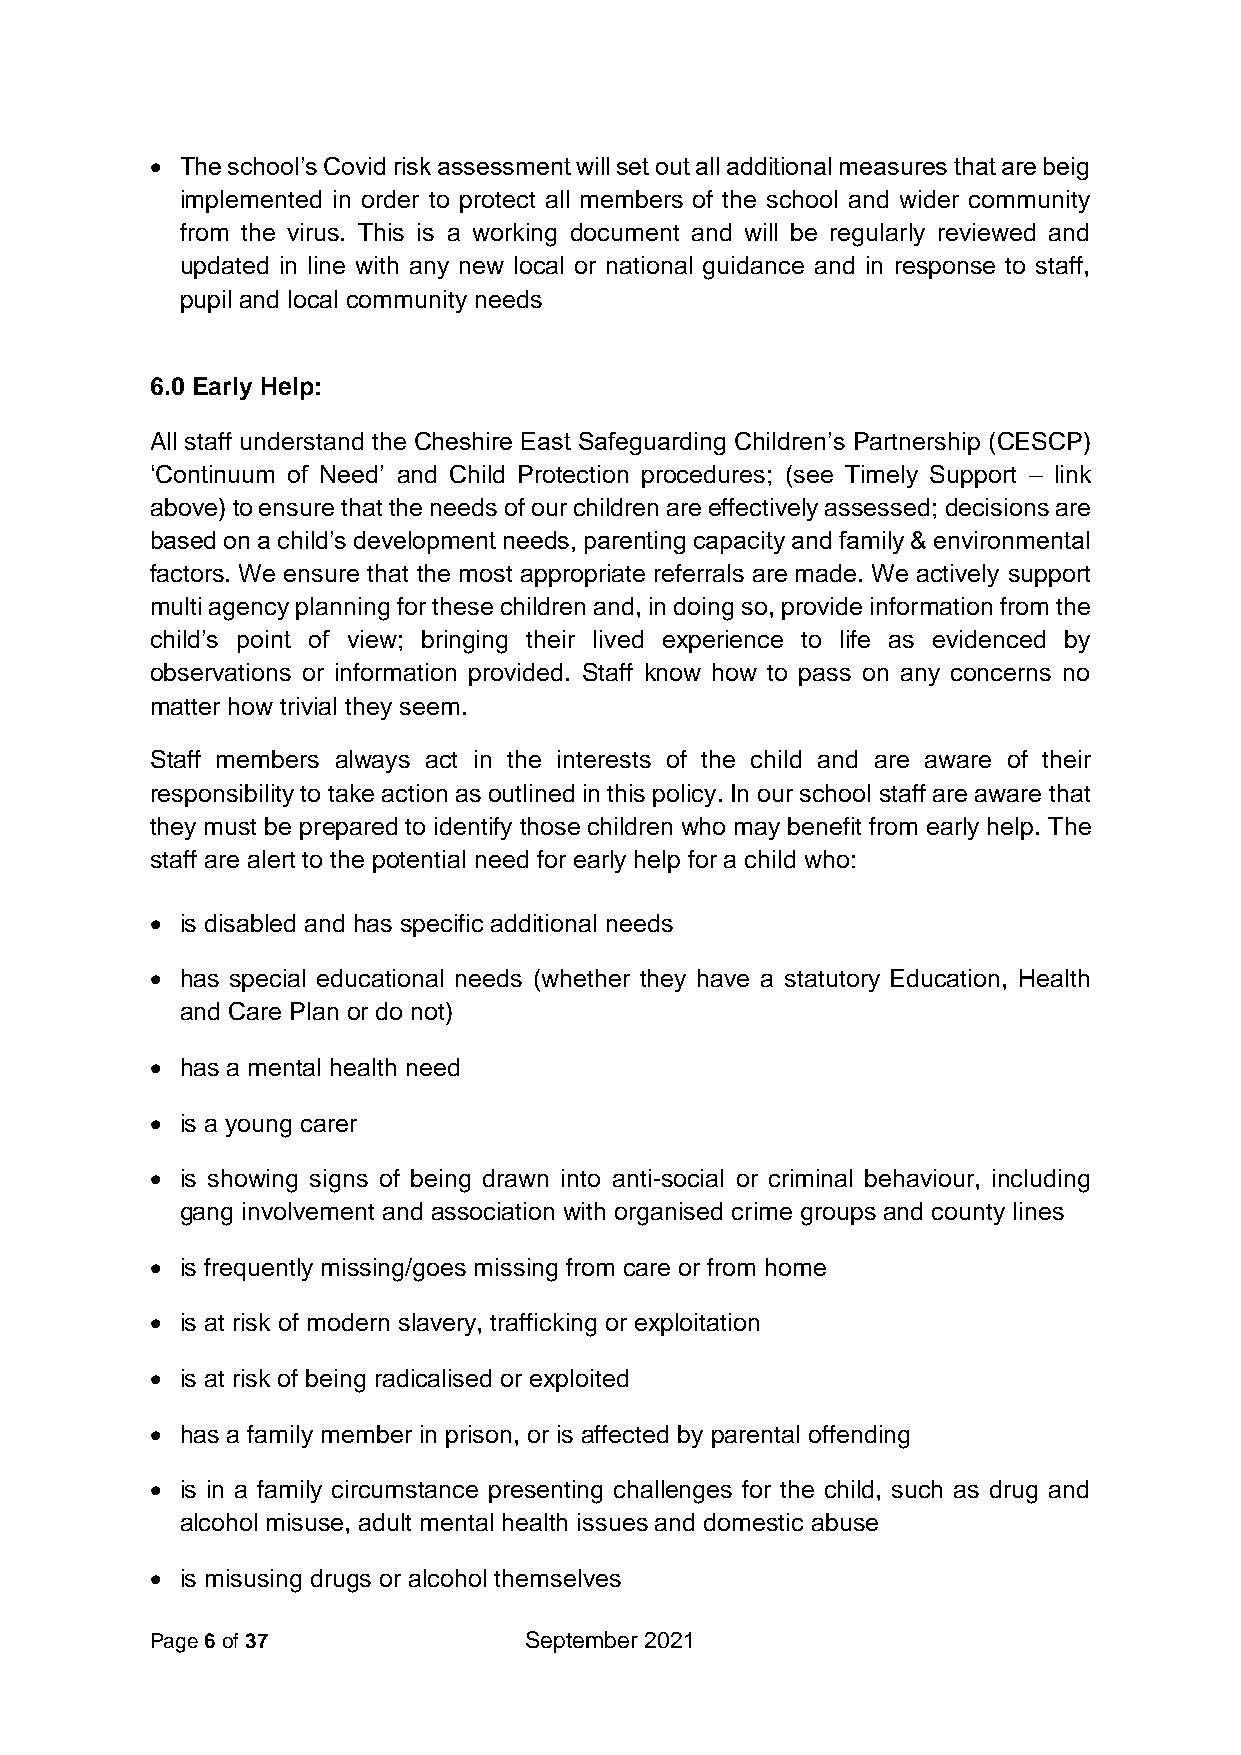
• The school’s Covid risk assessment will set out all additional measures that are beig
 implemented in order to protect all members of the school and wider community
 from the virus. This is a working document and will be regularly reviewed and
 updated in line with any new local or national guidance and in response to staff,
 pupil and local community needs
 6.0 Early Help:
 All staff understand the Cheshire East Safeguarding Children’s Partnership (CESCP)
 ‘Continuum of Need’ and Child Protection procedures; (see Timely Support – link
 above) to ensure that the needs of our children are effectively assessed; decisions are
 based on a child’s development needs, parenting capacity and family & environmental
 factors. We ensure that the most appropriate referrals are made. We actively support
 multi agency planning for these children and, in doing so, provide information from the
 child’s point of view; bringing their lived experience to life as evidenced by
 observations or information provided. Staff know how to pass on any concerns no
 matter how trivial they seem.
 Staff members always act in the interests of the child and are aware of their
 responsibility to take action as outlined in this policy. In our school staff are aware that
 they must be prepared to identify those children who may benefit from early help. The
 staff are alert to the potential need for early help for a child who:
 • is disabled and has specific additional needs
 • has special educational needs (whether they have a statutory Education, Health
 and Care Plan or do not)
 • has a mental health need
 • is a young carer
 • is showing signs of being drawn into anti-social or criminal behaviour, including
 gang involvement and association with organised crime groups and county lines
 • is frequently missing/goes missing from care or from home
 • is at risk of modern slavery, trafficking or exploitation
 • is at risk of being radicalised or exploited
 • has a family member in prison, or is affected by parental offending
 • is in a family circumstance presenting challenges for the child, such as drug and
 alcohol misuse, adult mental health issues and domestic abuse
 • is misusing drugs or alcohol themselves
 Page 6 of 37             September 2021